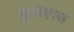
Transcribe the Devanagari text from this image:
कुचेष्टाच